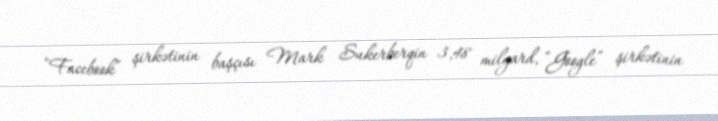
“Facebook” şirkətinin başçısı Mark Sukerberqin 3,48 milyard, “Google” şirkətinin